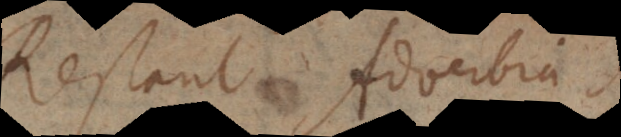
Restant Adverbia